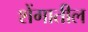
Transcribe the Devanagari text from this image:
शेंगातील